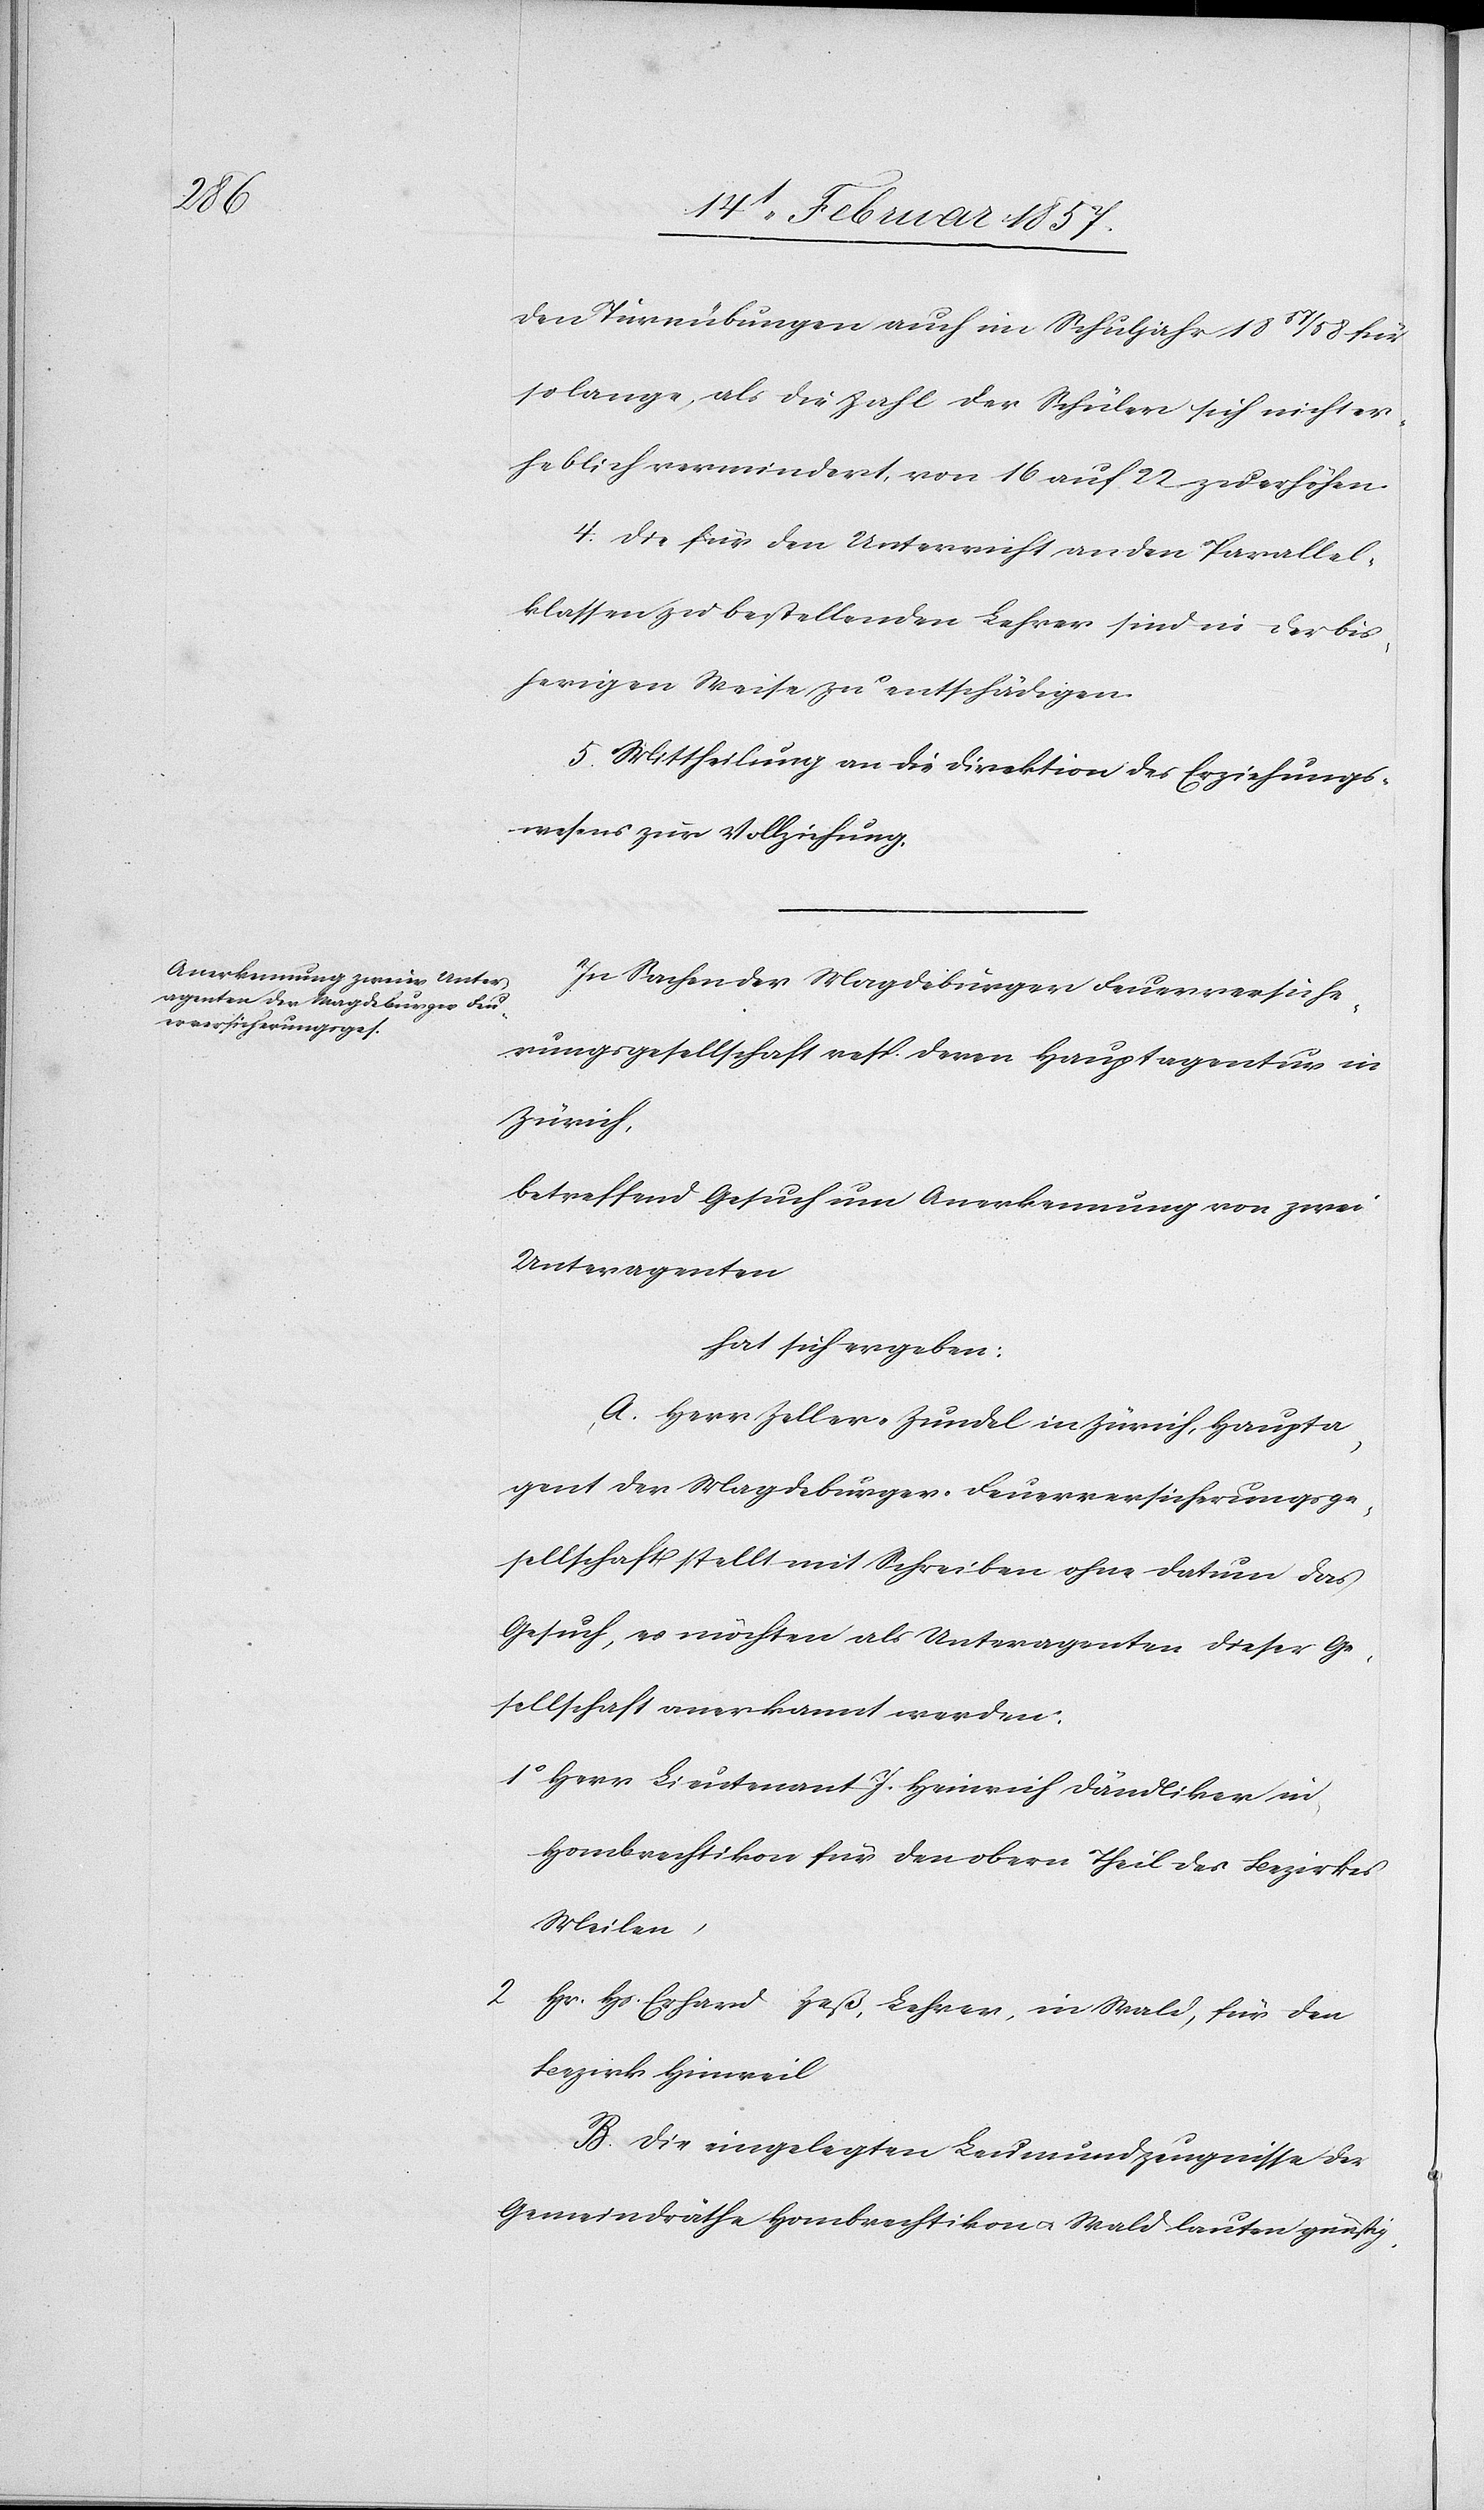
den Turnübungen auch im Schuljahr 1857/58 für
so lange, als die Zahl der Schüler sich nicht er¬
heblich vermindert, von 16 auf 22 zu erhöhen.
4. Die für den Unterricht an den Parallel¬
klassen zu bestellenden Lehrer sind in der bis¬
herigen Weise zu entschädigen.
5. Mittheilung an die Direktion des Erziehungs¬
wesens zur Vollziehung.
In Sachen der Magdeburger Feuerversiche¬
rungsgesellschaft resp. deren Hauptagentur in
Zürich,
betreffend Gesuch um Anerkennung von zwei
Unteragenten
hat sich ergeben:
A. Herr Zeller-Zundel in Zürich, Haupta¬
gent der Magdeburger Feuerversicherungsge¬
sellschaft stellt mit Schreiben ohne Datum das
Gesuch, es möchten als Unteragenten dieser Ge¬
sellschaft anerkannt werden:
1o Herr Lieutenant J. Heinrich Dändliker in
Hombrechtikon für den obern Theil des Bezirkes
Meilen,
2. Hr. Hs. Erhard Heß, Lehrer, in Wald, für den
Bezirk Hinweil
B. Die eingelegten Leumundzeugnisse der
Gemeindräthe Hombrechtikon u. Wald lauten günstig